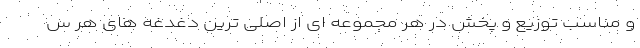
و مناسب توزیع و پخش در هر مجموعه ­ای از اصلی­ ترین دغدغه های هر س